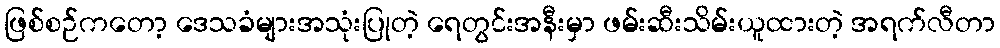
ဖြစ်စဉ်ကတော့ ဒေသခံများအသုံးပြုတဲ့ ရေတွင်းအနီးမှာ ဖမ်းဆီးသိမ်းယူထားတဲ့ အရက်လီတာ